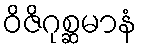
ဝိဇိဂုစ္ဆမာနံ